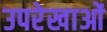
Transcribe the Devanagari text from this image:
उपरेखाओं